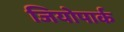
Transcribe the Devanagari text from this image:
जियोपार्क